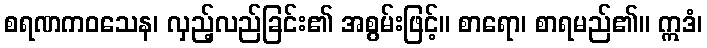
စရဏကဝသေန၊ လှည့်လည်ခြင်း၏ အစွမ်းဖြင့်။ စာရော၊ စာရမည်၏။ ဣဒံ၊